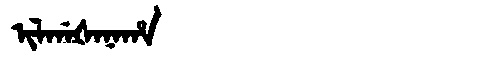
Manchu: ᡳᠯᡤᠠᡧᠠᠨᠠᡥᠠ
Romanization: ILGAŠANAHA